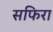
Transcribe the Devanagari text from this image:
सफिरा